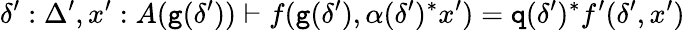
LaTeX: \delta^{\prime}:\Delta^{\prime},x^{\prime}:A(\textnormal{\texttt{g}}(\delta^{\prime}))\vdash f(\textnormal{\texttt{g}}(\delta^{\prime}),\alpha(\delta^{\prime})^{*}x^{\prime})=\textnormal{\texttt{q}}(\delta^{\prime})^{*}f^{\prime}(\delta^{\prime},x^{\prime})